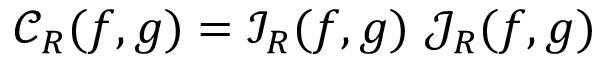
\mathcal { C } _ { R } ( \boldsymbol { f } , \boldsymbol { g } ) = \mathcal { I } _ { R } ( \boldsymbol { f } , \boldsymbol { g } ) \ \mathcal { J } _ { R } ( \boldsymbol { f } , \boldsymbol { g } )